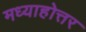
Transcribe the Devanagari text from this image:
मध्याहोत्तर